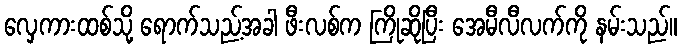
လှေကားထစ်သို့ ရောက်သည့်အခါ ဖီးလစ်က ကြိုဆိုပြီး အေမီလီလက်ကို နမ်းသည်။